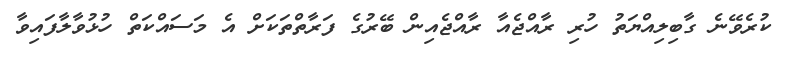
ކުރެވޭނެ ގާބިލިއްޔަތު ހުރި ރާއްޖެއާ ރާއްޖެއިން ބޭރުގެ ފަރާތްތަކަށް އެ މަސައްކަތް ހުޅުވާލާފައިވާ